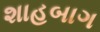
શાહબાગ